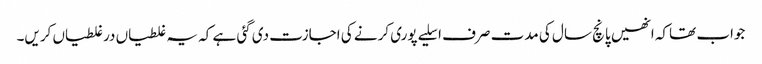
جواب تھاکہ انھیں پانچ سال کی مدت صرف اسلیے پوری کرنے کی اجازت دی گئی ہے کہ یہ غلطیاں درغلطیاں کریں۔